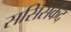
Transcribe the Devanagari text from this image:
ससिसकंद